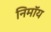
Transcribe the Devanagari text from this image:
निमाॅय